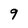
Character: 9